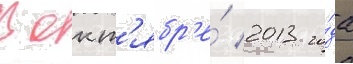
В окт'ябр'е́ 2013 го́да